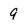
Character: 9